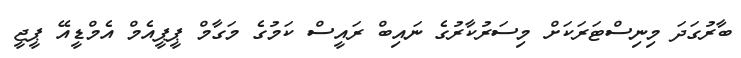
ބާރުގަދަ މިނިސްޓަރަކަށް މިސަަރުކާރުގެ ނައިބް ރައީސް ކަމުގެ މަގާމް ޕީޕީއެމް އެމްޑީއޭ ޕީޖީ